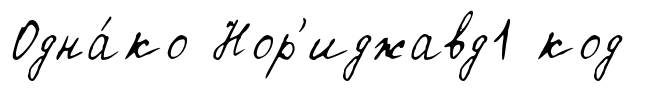
Одна́ко Нор'иджавд1 код